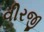
વીરજી